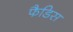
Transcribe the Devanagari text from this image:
फैडिस